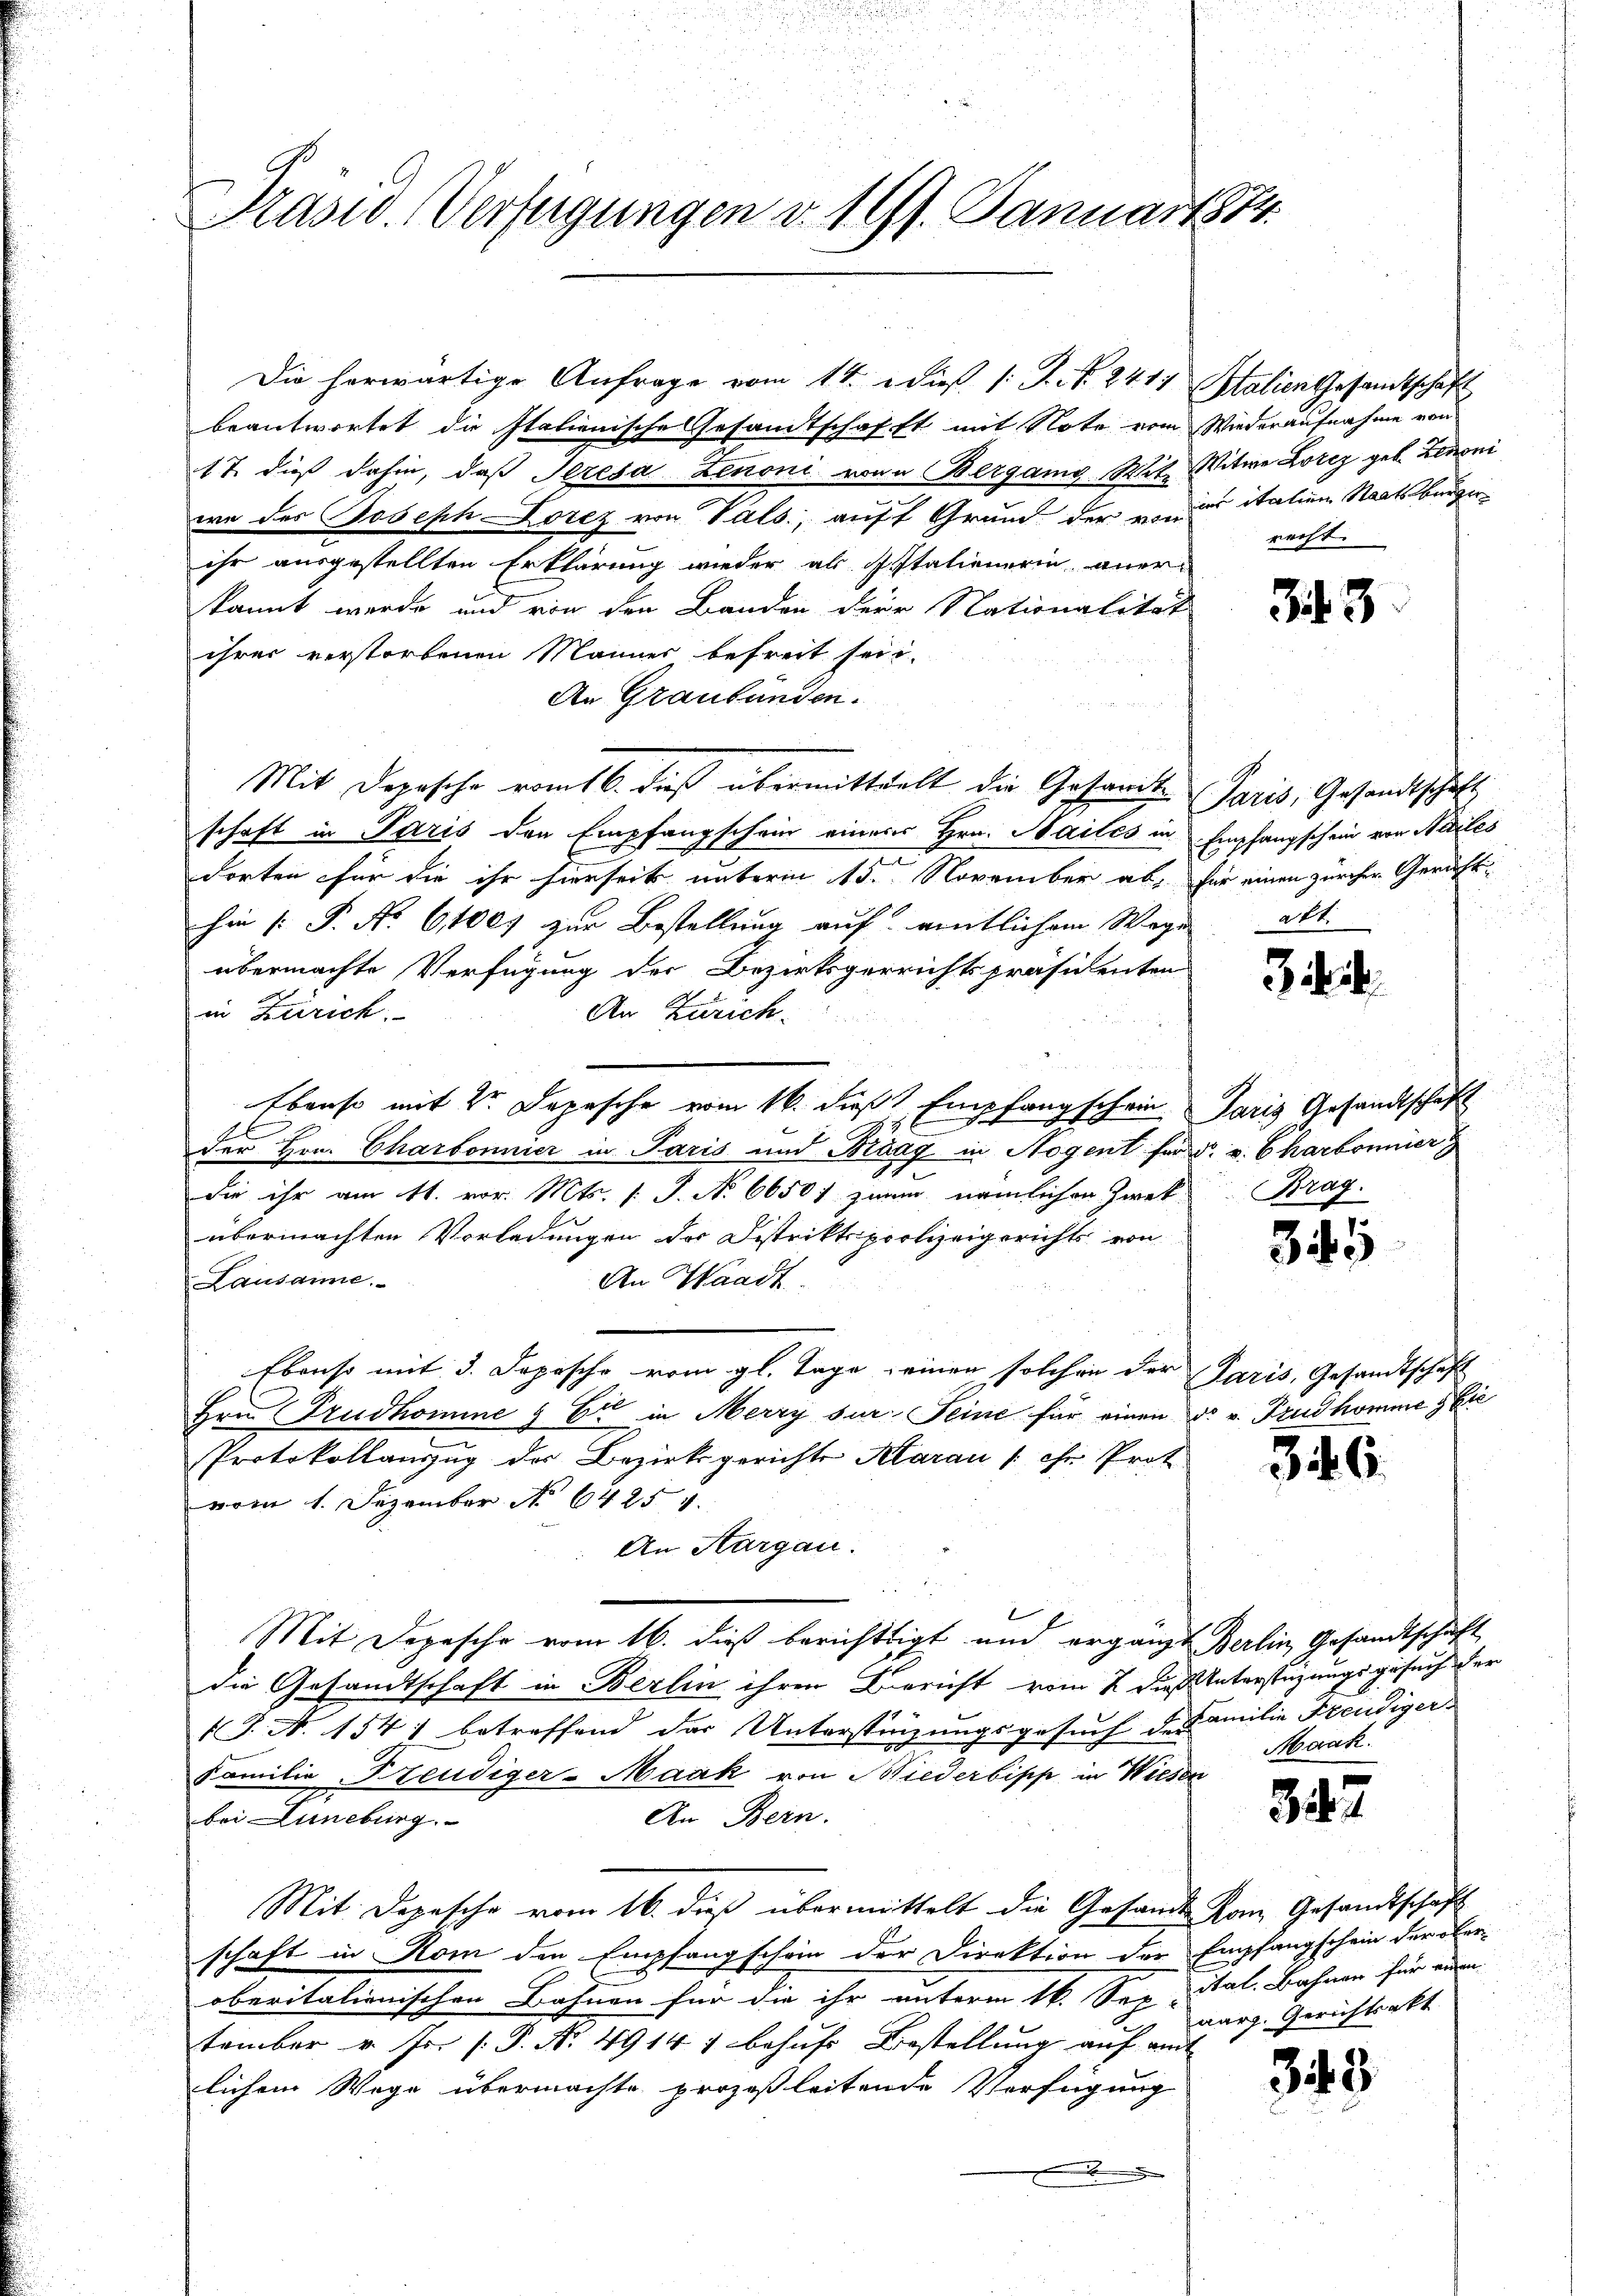
Praswo. Verfügungen v. 167. Januar 1884.

Die herwärtige Anfrage vom 1ten dieß (S. 2417 Stalien Gesandtschaft
beantwortet die Italienische Gesandtschafft mit Note vom Wiederaufnahme von
17. dieß dahin, daß Seresa Zenoni von u Bergang Mit Witwe Lotiz geb. Zenoni
we des Joseph Lorez von Vals, auf Grund der von italien Staatsbürger
ihr ausgestellten Erklärung wieder als stationerin anerkannt werde und von den Banden der Nationalität
ihrer verstorbenen Männer befreit sein.
An Graubünden.
Mit Dopische romt 6. dieß übermittelt die Gesamte Paris, Gesandtschaft
schaft in Paris den Empfangschein einers Hrn. Bailes in Empfangschein von Addiles
dorten für die ihr hierseits unterm 15. November ab, für einen zürcher Gerichthin (: P. No 6,1007 zur Bestellung auf eintlichem Wege alt
übermachte Verfügung der Bezirksgerrichtspräsidenten
in Zürich
An Zürich.
Ebenso mit 2 Depesche vom 16. dieß Empfangschein Paris Gesandtschaft
46
E
Der Hrn. Charbonnier in Paris und Braag in Nogent für d. v. Charbonnier
die ihr am 11. vor. Mts. (T. No 6650 f zuam nämlichen Zwek Brag.
übermachten Vorladungen des Distriktspolizeigerichts von
Lausanne.
An Waadt.
Ebenso mit 3. Depesche vom gl. Tage einen solchen der Paris, Gesandtschaft
Hrn. Trudhomine & Er in Merry sur Seine für einen d. v. Prudhomme gie
Protokollanzug der Bezirksgerichte Klarau (: ihr Prot
vom 1. Dezember No 64254.
An Aargau.
Mit Depesche vom 16. dieß berichtigt und ergänzt Berlin, Gesandtschaft
die Gesandtschaft in Berlin ihrer Bericht vom 2 die Unterstüzungsgesuch der
J. N. 1547 betreffend das Unterstüzungsgesuch de Familie Freudiger-
Familie Freudiger-Maak von Biederbipp in Wiesen
An Bern.
bei Lüneburg.
Mit Depesche vom 16. dieß übermittelt die Gesamt Kam Gesandtschaft
schaft in Rom den Empfangschein der Direktion der Empfangschein der ober-
oberitalienischen Bahnen für die ihr unterm 16. S. ital. Bahnen für eine
tember u. so (P. Nr. 4914 1 behufs Bestellung auf amt
lichem Wege übermachte prozoßleitende Verfügung

recht

343

3 ist.

35

346.

Maak.

342

narg. Gerichtsakt

343